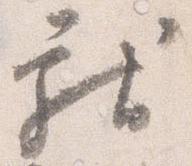
献